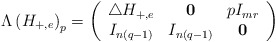
\begin{align*} \Lambda\left(H_{+,e}\right)_p=\left(\begin{array}{ccc}\triangle H_{+,e} & \mathbf{0} & pI_{mr} \\ I_{n(q-1)} & I_{n(q-1)} & \mathbf{0}\end{array}\right)\end{align*}